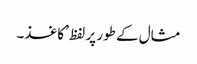
مثال کے طور پر لفظ ’کاغذ۔